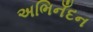
અભિનઁદન